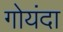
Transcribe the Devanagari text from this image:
गोयंदा